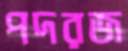
পদরজ